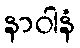
နာဝါနံ